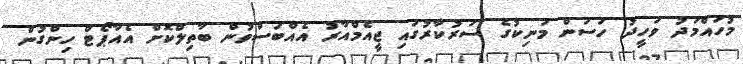
މުހައްމަދު ވަހީދު ހަސަން މަނިކުގެ ސަރުކާރުގައި ޖީއެމްއާރު އެއްބަސްވުން ބާތިލްކޮށް އެއާޕޯޓް ހިންގުން